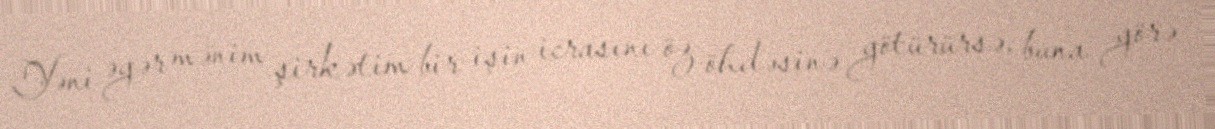
Yəni əgər mənim şirkətim bir işin icrasını öz öhdəsinə götürürsə, buna görə